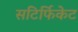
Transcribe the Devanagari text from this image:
सटिर्फिकेट